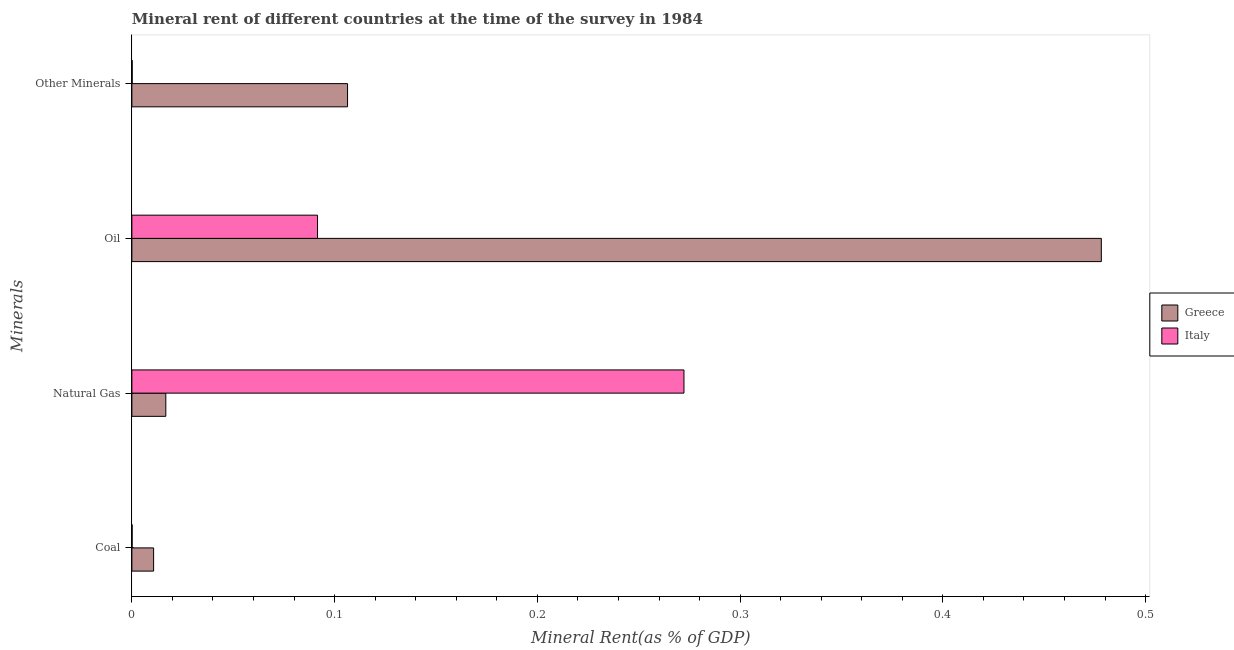
| Minerals | Greece | Italy |
 | --- | --- | --- |
 | Coal | 0.0107 | 0.000122 |
 | Natural Gas | 0.0167 | 0.272 |
 | Oil | 0.478 | 0.0916 |
 | Other Minerals | 0.106 | 0.000153 |